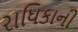
રાધિકાની